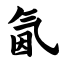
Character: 氤